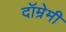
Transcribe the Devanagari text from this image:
दॉम्रेमी